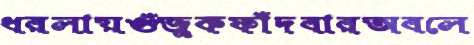
ধরলায়গুঁজুকফাঁদবারঅবলে